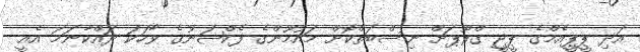
އަދި ޕީޕީއެމްގެ ޕީޖީ ގްރޫޕަށް ނިސްބަތްކޮށް މައުމޫންގެ ފެކްޝަނުގެ ވާހަކަ ދައްކާނަމަ އެއީ